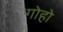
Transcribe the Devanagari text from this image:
गोहो